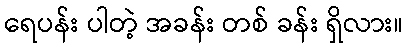
ရေပန်း ပါတဲ့ အခန်း တစ် ခန်း ရှိလား။